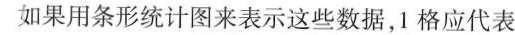
如果用条形统计图来表示这些数据，1格应代表